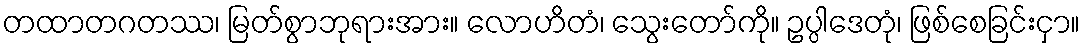
တထာတဂတဿ၊ မြတ်စွာဘုရားအား။ လောဟိတံ၊ သွေးတော်ကို။ ဥပ္ပါဒေတုံ၊ ဖြစ်စေခြင်းငှာ။